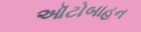
ઑટોબાહન